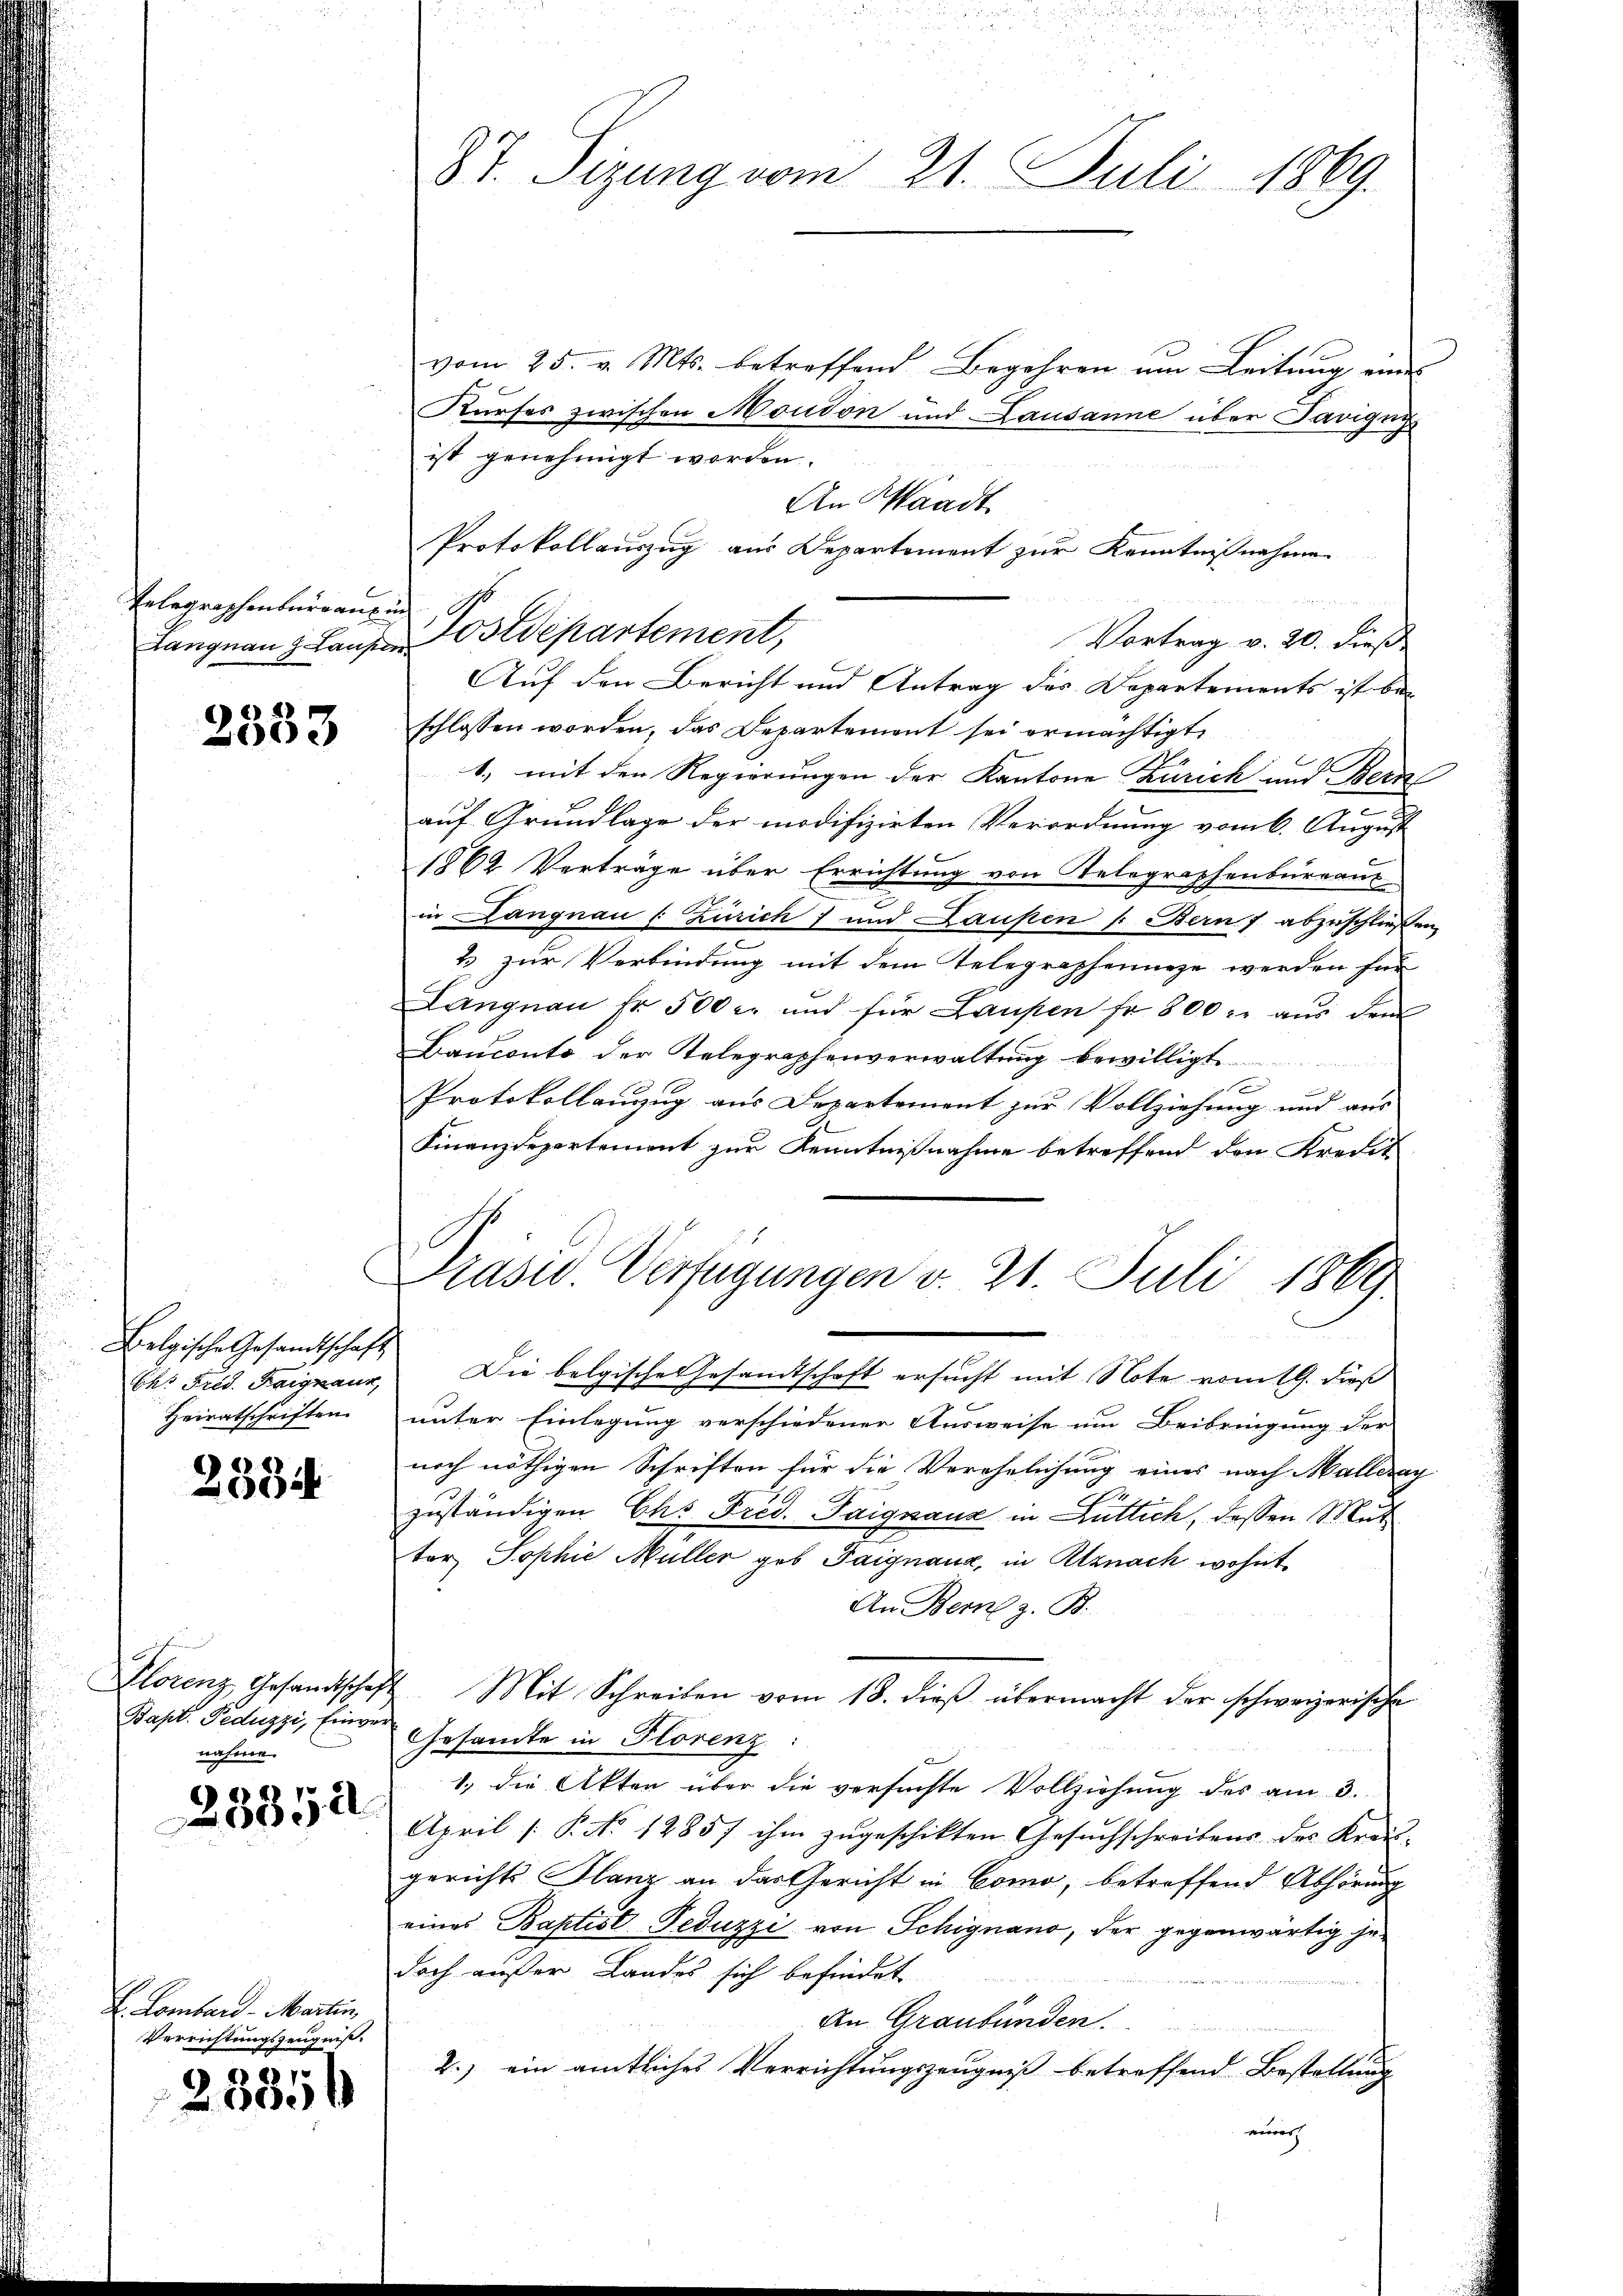
Telegraphenburg aus in

2333

Belgische Gesandtschaft
Heiratschriften.

2334

Florenz Gesandtschaft
Bapt. Peduzzi, Einvernäherer

23352

E Lombard- Martin
Verrichtungszeugniß.

25856

vom 25. v. Mts. betreffend Begehren um Leitung eines
Kurses zwischen Moudon und Lausanne über Parigun
ist genehmigt worden.
An Waadt
Protokollauszug aus Departement zur Kenntnißnahme
Langnau z. Laufen Postdepartement,
Vortrag v. 20. dieß
Auf den Bericht und Antrag des Departements ist be-
schlossen worden, das Departement sei ermächtigt,
1, mit den Regierungen der Kantone Zürich und Bern
e
auf Grundlage der modifizirten Verordnung vom 6. August
1862 Verträge über Errichtung von Telegraphenbureaus
in Langnau (Zürich) und Laupen f. Bern abzuschließen,
2 zur Verbindung mit dem Telegraphennige werden für
Langnau Fr. 500 c. und für Laupen fr. 800 r. aŭs dem
Dauconto der Telegraphenverwaltung bewilligt
e
Protokollanzug aus Departement zur Vollziehung und vers
Finanzdepartement zur Kenntnißnahme betreffend den Kredit
Prasw. Verfügungen v. 21. Juli 1869

87. Sizung vom 21. Juli 1869.

Ch. Frid. Faiszaur, Die belgische Gesandtschaft ersucht mit Note vom 19. dieß
unter Einlegung verschiedener Ausweise um Beibringung der
noch nöthigen Schriften für die Verehelichung eines nach Malleray
zuständigen Chs Frid. Taignauz in Lüttich, dessen Mut
ter Sophie Müller geb. Taignaux, in Atznach wohnt
An Bern z. B.
Mit Schreiben vom 18. dieß übermacht der schweizerische
Gesandte in Florenz:
1. die Akten über die versuchte Vollziehung des am 3.
April /: P. No 12857 ihm zugeschikten Gesuchschreibens des Kreis-
gerichts Glanz an das Gericht in Como, betreffend Abhörung
eines Baptist Feduzzi von Schignano, der gegenwärtig gedoch außer Landes sich befindet
An Graubünden.
2.) ein amtliches Verrichtungszeugniß betreffend Bestellung
nener